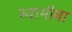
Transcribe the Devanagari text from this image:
स्वामीना